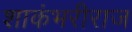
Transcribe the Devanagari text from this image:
शाकंभरीराज